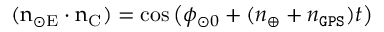
( \boldsymbol { \mathrm { n } } _ { \odot \mathrm { E } } \cdot \boldsymbol { \mathrm { n } } _ { \mathrm { C } } ) = \cos \big ( \phi _ { \odot 0 } + ( n _ { \oplus } + n _ { \tt G P S } ) t \big )